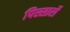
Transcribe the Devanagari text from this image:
पिस्सार्रो